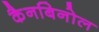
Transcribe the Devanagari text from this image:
कैनबिनोल